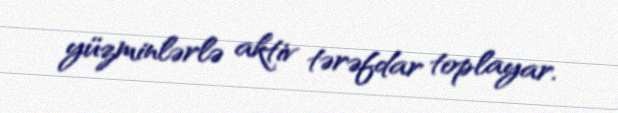
yüzminlərlə aktiv tərəfdar toplayar.